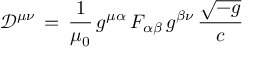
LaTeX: { \mathcal { D } } ^ { \mu \nu } \, = \, { \frac { 1 } { \mu _ { 0 } } } \, g ^ { \mu \alpha } \, F _ { \alpha \beta } \, g ^ { \beta \nu } \, { \frac { \sqrt { - g } } { c } }